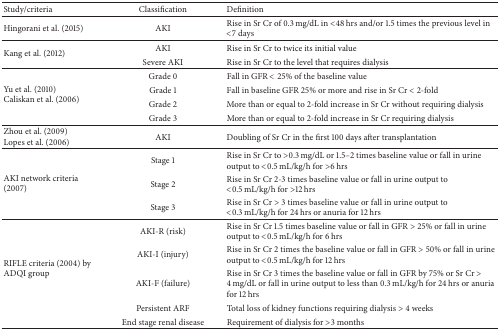
<table><thead><tr><td><b>Study/criteria</b></td><td><b>Classification</b></td><td><b>Definition</b></td></tr></thead><tbody><tr><td>Hingorani et al. (2015)</td><td>AKI</td><td>Rise in Sr Cr of 0.3 mg/dL in &lt;48 hrs and/or 1.5 times the previous level in &lt;7 days</td></tr><tr><td rowspan="2">Kang et al. (2012)</td><td>AKI</td><td>Rise in Sr Cr to twice its initial value</td></tr><tr><td>Severe AKI</td><td>Rise in Sr Cr to the level that requires dialysis</td></tr><tr><td rowspan="4">Yu et al. (2010)Caliskan et al. (2006)</td><td>Grade 0</td><td>Fall in GFR &lt; 25% of the baseline value</td></tr><tr><td>Grade 1</td><td>Fall in baseline GFR 25% or more and rise in Sr Cr &lt; 2-fold</td></tr><tr><td>Grade 2</td><td>More than or equal to 2-fold increase in Sr Cr without requiring dialysis</td></tr><tr><td>Grade 3</td><td>More than or equal to 2-fold increase in Sr Cr requiring dialysis</td></tr><tr><td>Zhou et al. (2009)Lopes et al. (2006)</td><td>AKI</td><td>Doubling of Sr Cr in the first 100 days after transplantation</td></tr><tr><td rowspan="3">AKI network criteria (2007) </td><td>Stage 1</td><td>Rise in Sr Cr to &gt;0.3 mg/dL or 1.5–2 times baseline value or fall in urine output to &lt;0.5 mL/kg/h for &gt;6 hrs</td></tr><tr><td>Stage 2</td><td>Rise in Sr Cr 2-3 times baseline value or fall in urine output to &lt;0.5 mL/kg/h for &gt;12 hrs</td></tr><tr><td>Stage 3</td><td>Rise in Sr Cr &gt; 3 times baseline value or fall in urine output to &lt;0.3 mL/kg/h for 24 hrs or anuria for 12 hrs</td></tr><tr><td rowspan="5">RIFLE criteria (2004) by ADQI group</td><td>AKI-R (risk)</td><td>Rise in Sr Cr 1.5 times baseline value or fall in GFR &gt; 25% or fall in urine output to &lt;0.5 mL/kg/h for 6 hrs</td></tr><tr><td>AKI-I (injury)</td><td>Rise in Sr Cr 2 times the baseline value or fall in GFR &gt; 50% or fall in urine output to &lt;0.5 mL/kg/h for 12 hrs</td></tr><tr><td>AKI-F (failure)</td><td>Rise in Sr Cr 3 times the baseline value or fall in GFR by 75% or Sr Cr &gt; 4 mg/dL or fall in urine output to less than 0.3 mL/kg/h for 24 hrs or anuria for 12 hrs</td></tr><tr><td>Persistent ARF</td><td>Total loss of kidney functions requiring dialysis &gt; 4 weeks</td></tr><tr><td>End stage renal disease</td><td>Requirement of dialysis for &gt;3 months</td></tr></tbody></table>